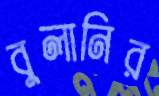
বুলানির